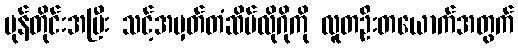
မုန်တိုင်းအပြီး သင့်အမှတ်တံဆိပ်လိုဂိုကို လူတဦးတယောက်အတွက်